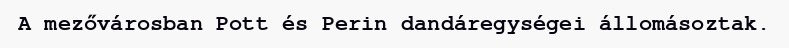
A mezővárosban Pott és Perin dandáregységei állomásoztak.